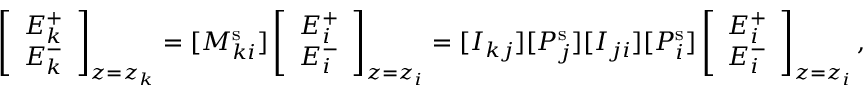
\left[ \begin{array} { l } { E _ { k } ^ { + } } \\ { E _ { k } ^ { - } } \end{array} \right] _ { z = z _ { k } } = [ M _ { k i } ^ { \mathrm { s } } ] \left[ \begin{array} { l } { E _ { i } ^ { + } } \\ { E _ { i } ^ { - } } \end{array} \right] _ { z = z _ { i } } = [ I _ { k j } ] [ P _ { j } ^ { \mathrm { s } } ] [ I _ { j i } ] [ P _ { i } ^ { \mathrm { s } } ] \left[ \begin{array} { l } { E _ { i } ^ { + } } \\ { E _ { i } ^ { - } } \end{array} \right] _ { z = z _ { i } } ,